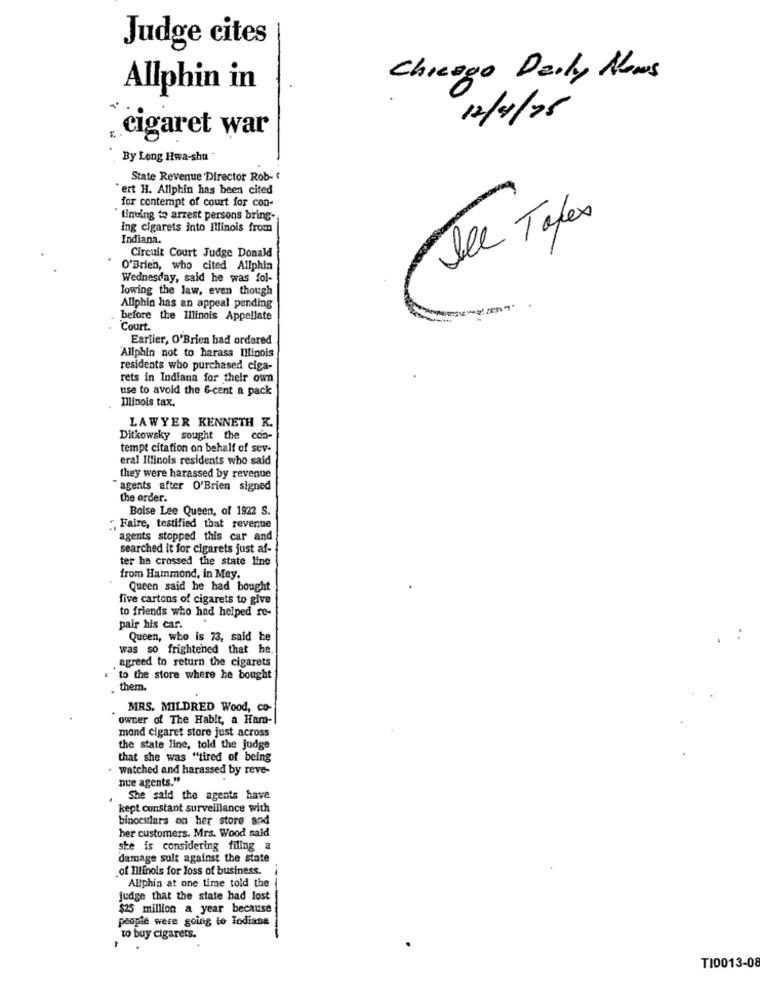
Judge cites
Chicago Daily News
Allphin in
12/4/95
. cigaret war
By Long Hwa-shu
State Revenue Director Rob-
"ert H. Allphin has been cited
for conterapt of court for con-
tining to arrest persons bring-
ing cigarets into Illinois from
Del Tales
Indiana.
Circuit Court Judge Donald
O'Brien, who cited Allphin
Wednesday, said he was fol-
lowing the law, even though
Allphin has an appeal pending
before the Illinois Appellate
Court.
Earlier, O'Brien had ordered
"Allphin not to harass Illinois
residents who purchased ciga-
rets in Indiana for their own
use to avoid the 6-cent a pack
Illinois tax.
LAWYER KENNETH K.
Ditkowsky sought the con-
tempt citation on behalf of sev-
eral Illinois residents who said
they were harassed by revenue
" agents after O'Brien signed
the order.
Boise Lee Queen, of 1922 S.
"Faire, testified that revenue
agents stopped this car and
searched it for cigarets just af-
ter he crossed the state line
from Hammond, in May.
Queen said he had bought
five cartons of cigarets to give
to friends who had helped re-
pair his car.
Queen, who is 73, said he
was so frightened that he.
agreed to return the cigarets
to the store where he bought
. them.
MRS. MILDRED Wood, co-
owner of The Habit, a Ham-
mond cigaret store just across
the state line, told the judge
that she was "tired of being
watched and harassed by reve-
nue agents."
She said the agents have
kept constant surveillance with
binoculars on her store and
her customers. Mrs. Wood said
ste is considering filing a
damage sult against the state
.of Illinois for loss of business.
Allphin at one time told the
judge that the state had lost
$25 million a year because
people were going to Todiane
to buy cigarets.
T10013-08